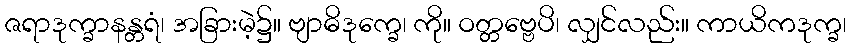
ဇရာဒုက္ခာနန္တရံ၊ အခြားမဲ့၌။ ဗျာဓိဒုက္ခေ၊ ကို။ ဝတ္တဗ္ဗေပိ၊ လျှင်လည်း။ ကာယိကဒုက္ခ၊